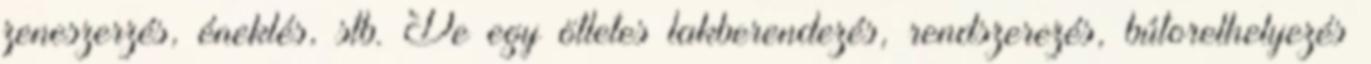
zeneszerzés, éneklés, stb. De egy ötletes lakberendezés, rendszerezés, bútorelhelyezés